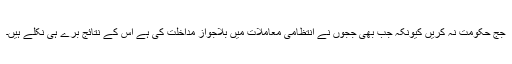
جج حکومت نہ کریں کیونکہ جب بھی ججوں نے انتظامی معاملات میں بلاجواز مداخلت کی ہے اس کے نتائج برے ہی نکلے ہیں۔